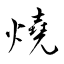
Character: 燒